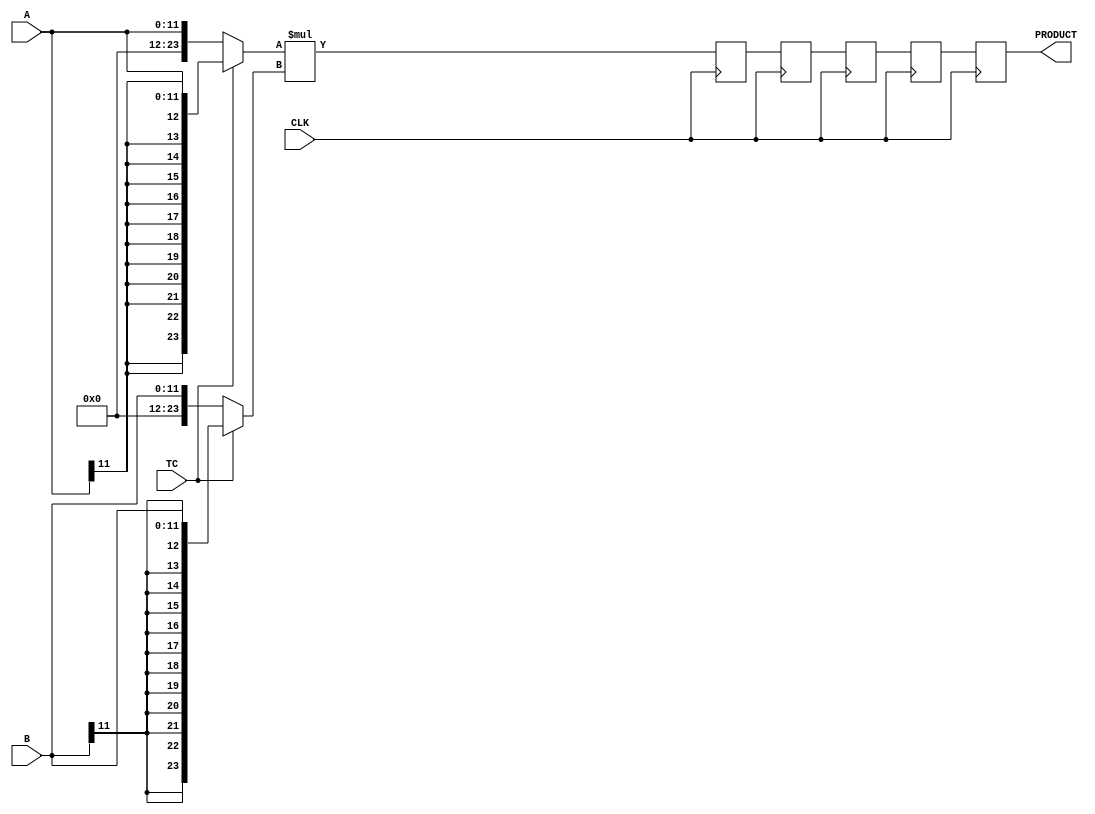

//--------------------------------------------------------------------------------------------------
// Title       : DW02_mult_6_stage
// Design      : Multiplier

// Company     :  Software India Pvt. Ltd
//-------------------------------------------------------------------------------------------------
// Description : DW02_mult_6_stage is a six-stage pipelined multiplier. DW02_mult_6_stage multiplies
//the operand A by B to produce a product (PRODUCT) with a latency of five clock (CLK) cycle.
//
//-------------------------------------------------------------------------------------------------
module DW02_mult_6_stage(A,B,TC,CLK,PRODUCT)/* synthesis syn_builtin_du = "weak" */;

parameter A_width = 12;
parameter B_width = 12;

/********* Internal parameter *************/
parameter width = A_width + B_width;
/*****************************************/

//Input/output declaration
input [A_width - 1 : 0]			   A; 
input [B_width - 1 : 0]			   B; 
input 							   CLK;  
input 							   TC;   
output [A_width + B_width - 1 : 0] PRODUCT;

//Internal signal declaration
reg [width - 1 : 0] 			temp_a;
reg [width - 1 : 0] 			temp_b;
reg [A_width + B_width - 1 : 0] prod /* synthesis syn_pipeline=1 */;
reg [A_width + B_width - 1 : 0] prod1 /* synthesis syn_pipeline=1 */;
reg [A_width + B_width - 1 : 0] prod2 /* synthesis syn_pipeline=1 */;		   
reg [A_width + B_width - 1 : 0] prod3 /* synthesis syn_pipeline=1 */;
reg [A_width + B_width - 1 : 0] PRODUCT /* synthesis syn_pipeline=1 */;


//Sign exrtending the inputs based on TC
always @( A or B or TC )	
	begin
		temp_a =  TC ? {{width - A_width{A[A_width - 1]}},A} : {{width - A_width{1'b0}},A};
		temp_b =  TC ? {{width - B_width{B[B_width - 1]}},B} : {{width - B_width{1'b0}},B};
	end	

    //Multiplier - product with a clock latency of Five
	always @ ( posedge CLK )
		begin
			prod <= temp_a * temp_b;
			prod1 <= prod;
			prod2 <= prod1;
			prod3 <= prod2;
		    PRODUCT <= prod3;
		end	
  
endmodule